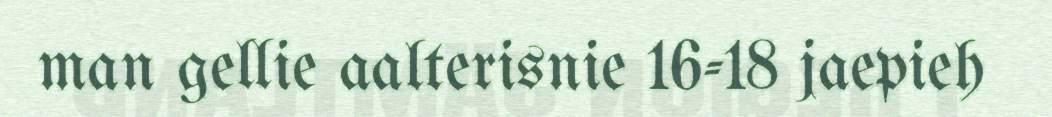
man gellie aalterisnie 16-18 jaepieh